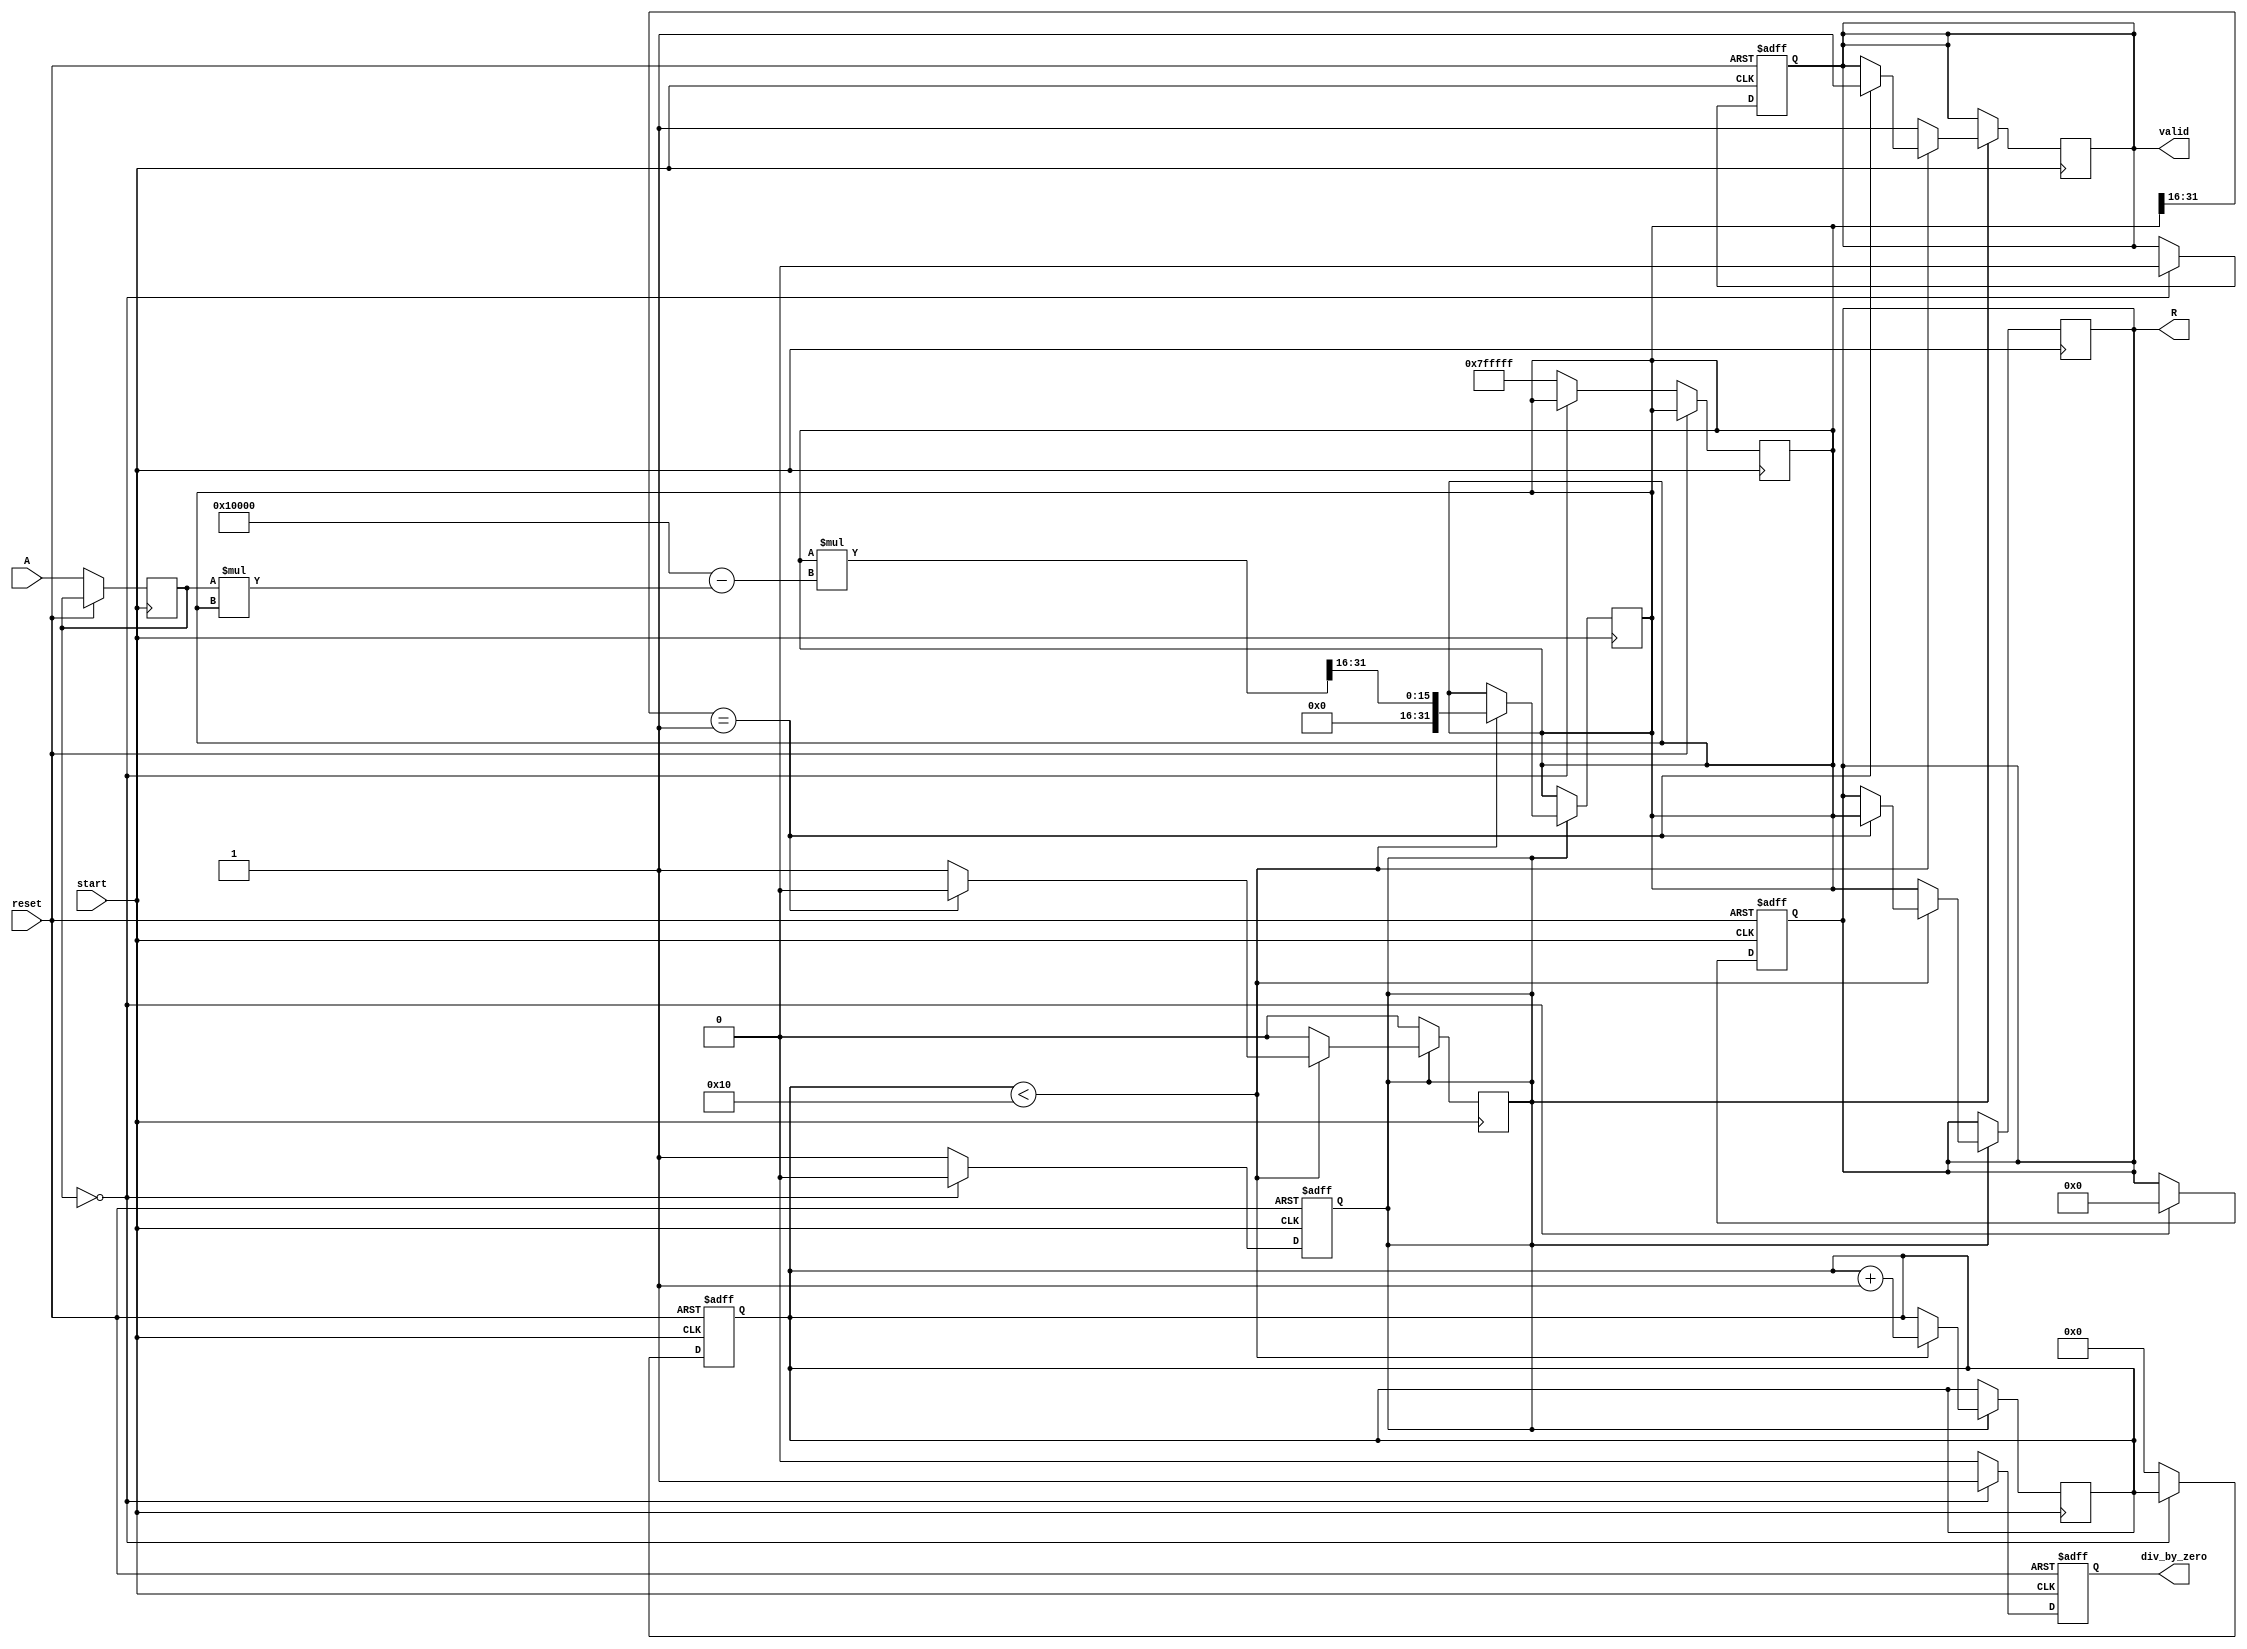
module BitwiseReciprocal(
    input wire [15:0] A,       // Input data (16 bits)
    input wire start,          // Start control signal
    input wire reset,          // Reset control signal
    output reg [31:0] R,       // Reciprocal output (32 bits)
    output reg valid,          // Valid output flag
    output reg div_by_zero     // Division by zero flag
);

    parameter MAX_ITERATIONS = 16; // Maximum iterations for convergence

    reg [15:0] A_reg;
    reg [31:0] approx;         // Approximation of reciprocal
    reg [3:0] iteration_count; // Iteration counter
    reg computing;             // Status flag for computing

    // Sequential block for reset and computing
    always @(posedge start or posedge reset) begin
        if (reset) begin
            R <= 32'b0;
            valid <= 1'b0;
            div_by_zero <= 1'b0;
            computing <= 1'b0;
            iteration_count <= 4'b0;
        end else if (start) begin
            A_reg <= A;
            if (A_reg == 16'b0) begin
                div_by_zero <= 1'b1; // Set flag for division by zero
                valid <= 1'b0; // Not valid output
                computing <= 1'b0;
                R <= 32'b0; // Set output to zero
            end else begin
                div_by_zero <= 1'b0; // Clear division by zero flag
                approx <= 32'h7FFFFF; // Initial approximation (1.0 in fixed point)
                iteration_count <= 4'b0;
                computing <= 1'b1; // Start computing
            end
        end
    end

    // Iterative approximation process for reciprocal
    always @(posedge start) begin
        if (computing) begin
            if (iteration_count < MAX_ITERATIONS) begin
                // Newton-Raphson iteration
                approx <= approx * (2**16 - A_reg * approx) >> 16; // approx = approx * (2 - A * approx)
                iteration_count <= iteration_count + 1;

                // Check for convergence (logic can be improved)
                if (approx[31:16] == 16'd1) begin
                    computing <= 1'b0; // Converged result
                    R <= approx; // Final result
                    valid <= 1'b1; // Set valid flag
                end
            end else begin
                computing <= 1'b0; // Max iterations reached
                R <= approx; // Output last approximation
                valid <= 1'b1; // Set valid flag
            end
        end
    end

endmodule